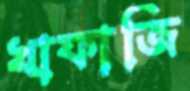
খাফাজি